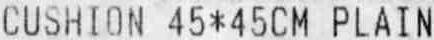
CUSHION 45*45CM PLAIN